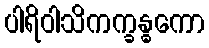
ပါရိဝါသိကက္ခန္ဓကော